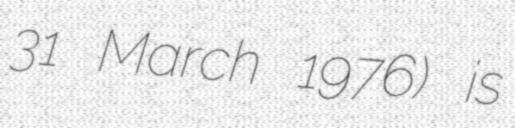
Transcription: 31 March 1976) is